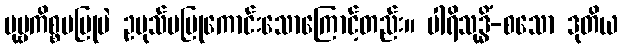
ပုဗ္ဗကိစ္စမပြုပဲ ဥပုသ်မပြုကောင်းသောကြောင့်တည်း။ ပါရိသုဒ္ဓိံ-စသော ဒုတိယ